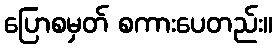
ပြောစမှတ် စကားပေတည်း။